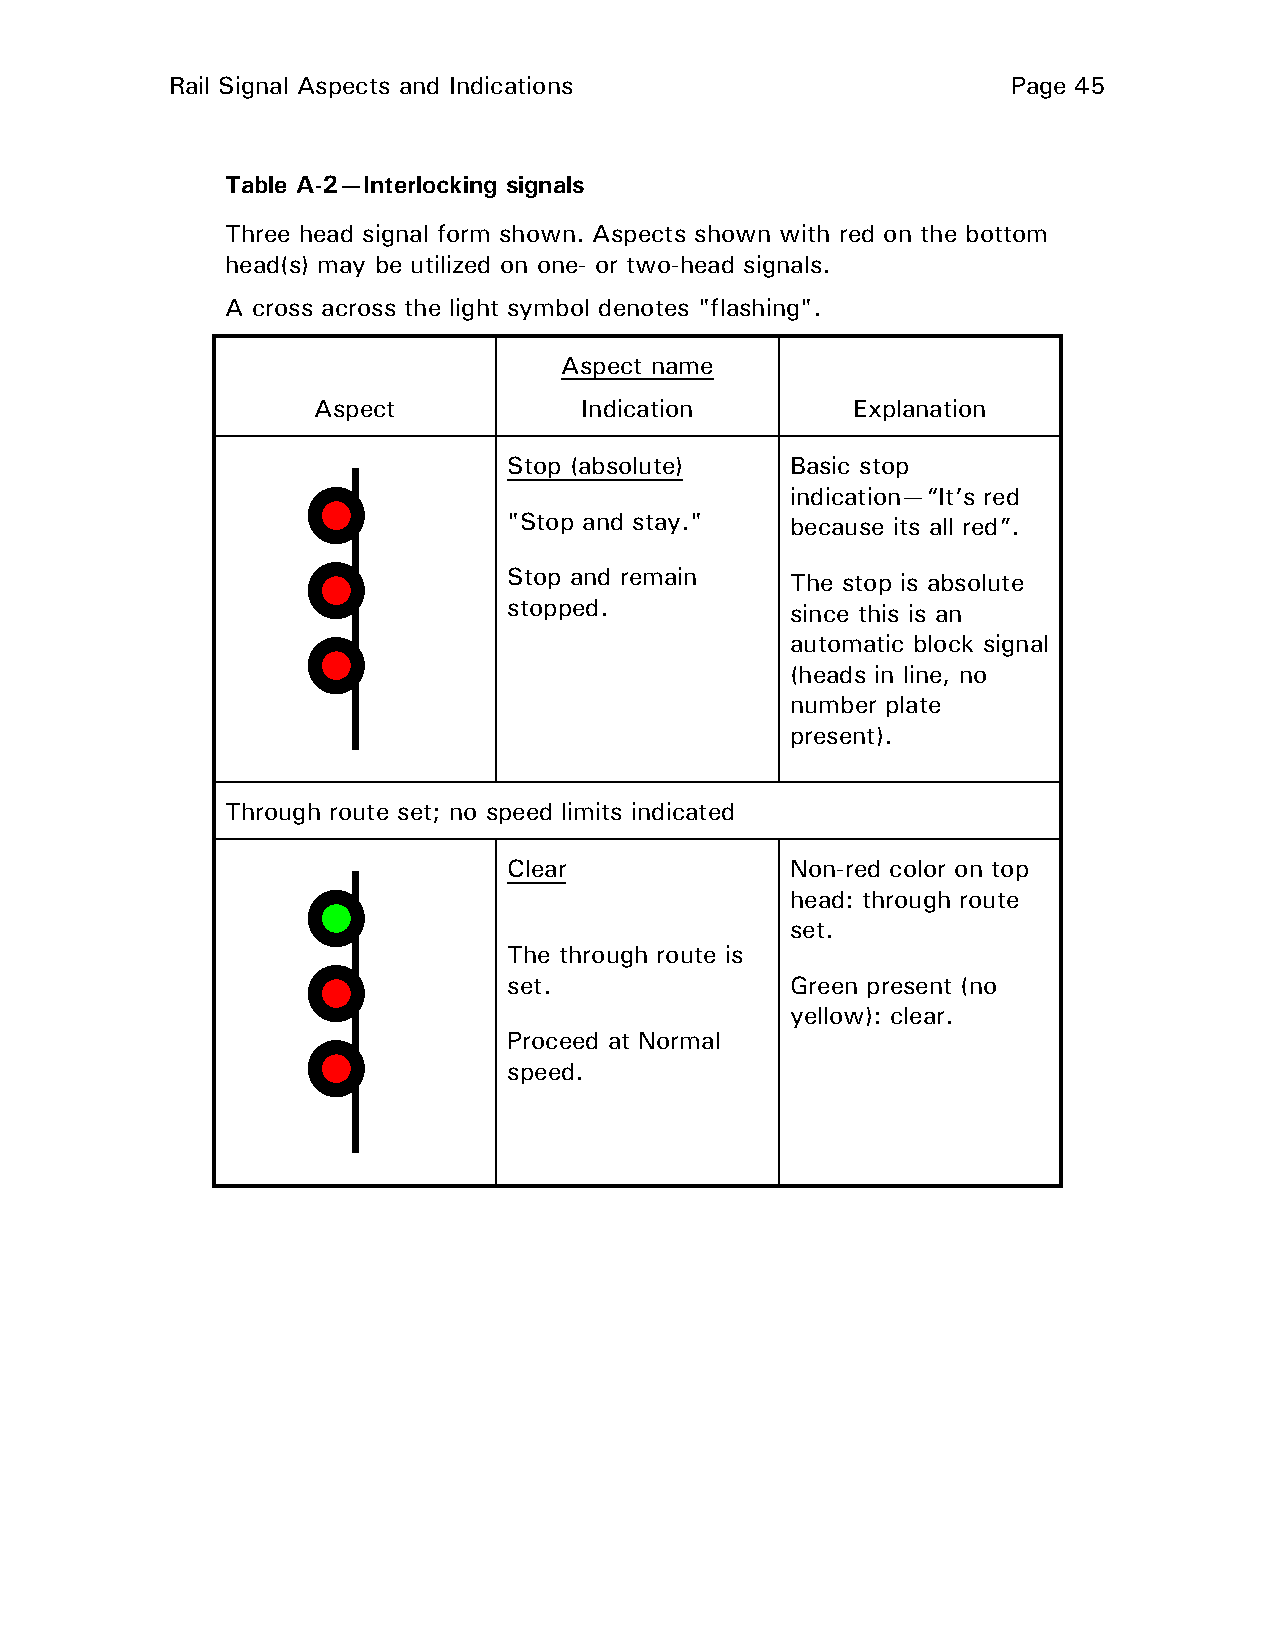
Rail Signal Aspects and Indications                     Page 45
 Table A-2—Interlocking signals
 Three head signal form shown. Aspects shown with red on the bottom
 head(s) may be utilized on one- or two-head signals.
 A cross across the light symbol denotes "flashing".
 Aspect name
 Aspect           Indication         Explanation
 Stop (absolute)   Basic stop
 indication—“It’s red
 "Stop and stay."  because its all red”.
 Stop and remain   The stop is absolute
 stopped.          since this is an
 automatic block signal
 (heads in line, no
 number plate
 present).
 Through route set; no speed limits indicated
 Clear             Non-red color on top
 head: through route
 set.
 The through route is
 set.              Green present (no
 yellow): clear.
 Proceed at Normal
 speed.